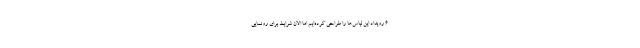
6 رویداد این لباس‌ها را طراحی کرده‌ایم اما الان شرایط برای رونمایی